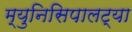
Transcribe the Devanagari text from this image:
म्युनिसिपालट्या